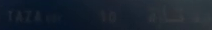
TAZACar-30